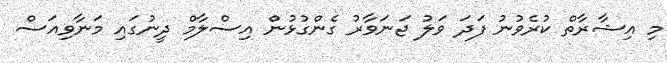
މި އިޝާރާތް ކުރެވުނު ފަދަ ވަލު ޖަނަވާރު ގެންގުޅުން އިސްލާމް ދީނުގައި މަނާވިއަސް